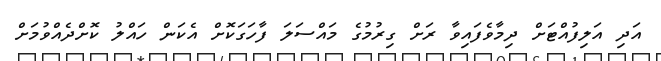
އަދި އަލިފުއްޓަށް ދިމާވެފައިވާ ރަށް ގިރުމުގެ މައްސަލަ ފާހަގަކޮށް އެކަން ހައްލު ކޮށްދެއްވުމަށް